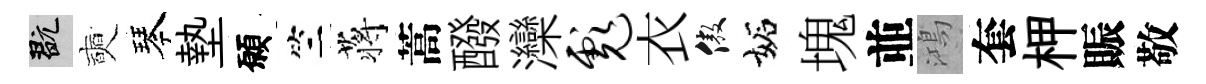
玩奭琴墊願竺蒋蒿醱灤彪衣傲妬塊並鴻套柙賑敬